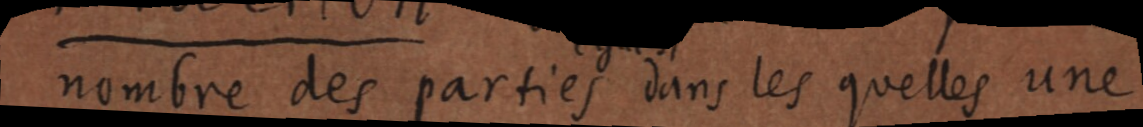
nombre des parties dans les quelles une